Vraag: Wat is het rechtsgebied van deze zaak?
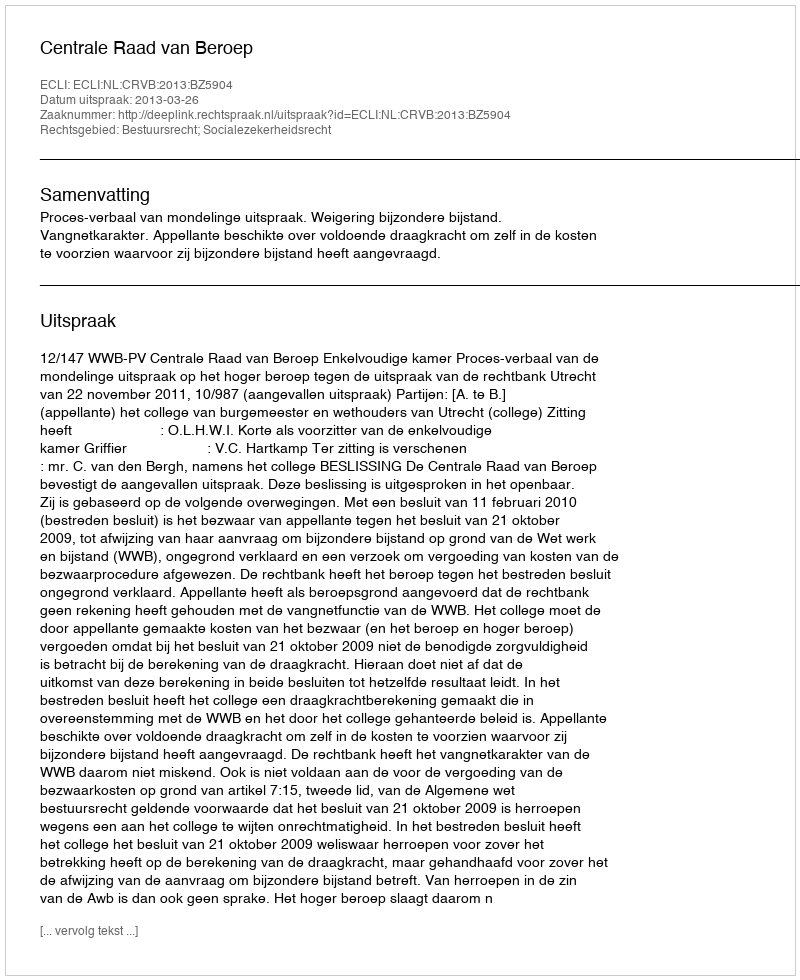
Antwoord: Bestuursrecht; Socialezekerheidsrecht